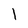
Character: 1